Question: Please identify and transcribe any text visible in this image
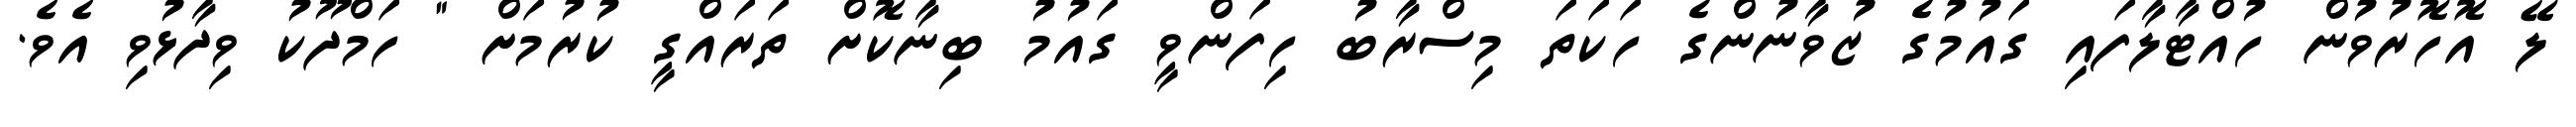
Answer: ލޭ އޮހޮރުވުން ހުއްޓާލާފައި ގައުމުގެ ޒުވާނުންގެ ހަކަތަ މިސްރާބު ހިފަންވީ ގައުމު ބިނާކޮށް ތަރައްގީ ކުރުމަށް " ހަމްދޫކު ވިދާޅުވި އެވެ.